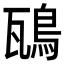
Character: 𩿺